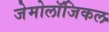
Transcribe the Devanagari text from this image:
जेमोलॉजिकल